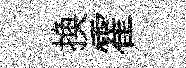
换霍